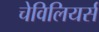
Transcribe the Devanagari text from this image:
चेविलियर्स